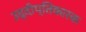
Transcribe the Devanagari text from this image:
उद्दीप्तिकारक